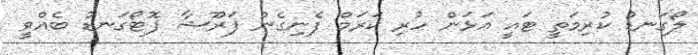
ލޯގަނޑު ކުރިމަތީ ޓައީ އަޅަން ހުރި ކަރަމް ފެނިގެން ފަރޫޝާ ފޮޓޯގަނޑު ބެއްވީ